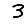
Digit: 3